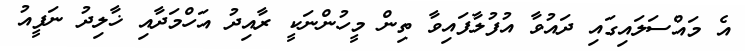
އެ މައްސަލައިގައި ދައުވާ އުފުލާފައިވާ ތިން މީހުންނަކީ ރާއިދު އަހްމަދާއި ޚާލިދު ނަފީއު